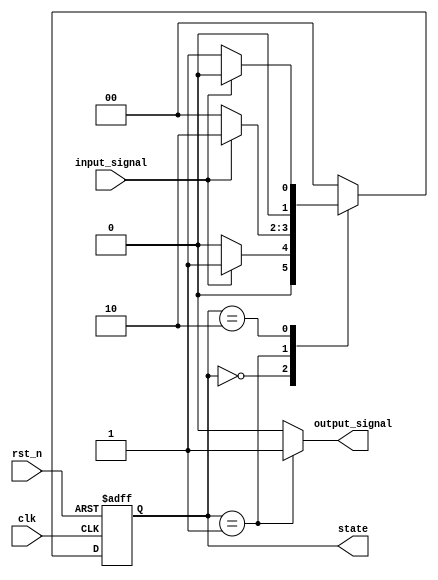
module moore_state_machine (
    input wire clk,             // Clock signal
    input wire rst_n,           // Active low asynchronous reset
    input wire input_signal,     // Input signal to determine state transitions
    output reg [1:0] state,     // Current state (2 bits for 3 states)
    output reg output_signal     // Output signal based on current state
);

    // State encoding
    localparam S0 = 2'b00; // State 0
    localparam S1 = 2'b01; // State 1
    localparam S2 = 2'b10; // State 2

    // State register
    reg [1:0] next_state;

    // State transition logic
    always @(*) begin
        case (state)
            S0: begin
                if (input_signal) begin
                    next_state = S1; // Transition from S0 to S1
                end else begin
                    next_state = S0; // Stay in S0
                end
            end
            S1: begin
                if (input_signal) begin
                    next_state = S2; // Transition from S1 to S2
                end else begin
                    next_state = S0; // Transition from S1 to S0
                end
            end
            S2: begin
                if (input_signal) begin
                    next_state = S0; // Transition from S2 to S0
                end else begin
                    next_state = S1; // Transition from S2 to S1
                end
            end
            default: next_state = S0; // Default to S0
        endcase
    end

    // Output logic (Moore output)
    always @(*) begin
        case (state)
            S0: output_signal = 1'b0; // Output for S0
            S1: output_signal = 1'b1; // Output for S1
            S2: output_signal = 1'b0; // Output for S2
            default: output_signal = 1'b0; // Default output
        endcase
    end

    // State register with asynchronous reset
    always @(posedge clk or negedge rst_n) begin
        if (!rst_n) begin
            state <= S0; // Asynchronous reset to S0
        end else begin
            state <= next_state; // Update state on clock edge
        end
    end

endmodule